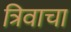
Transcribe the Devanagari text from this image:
त्रिवाचा